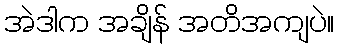
အဲဒါက အချိန် အတိအကျပဲ။